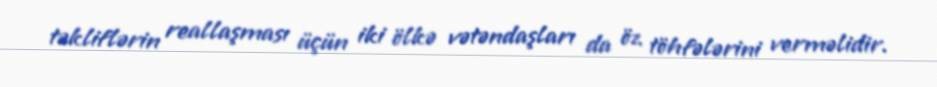
təkliflərin reallaşması üçün iki ölkə vətəndaşları da öz töhfələrini verməlidir.